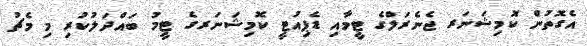
އެގޮތުން ކޮމިޝަނަރ ޖެނެރަލްގެ ޓީމާއި ޑެޕިއުޓީ ކޮމިޝަނަރގެ ޓީމު ބައްދަލުކުރި މި މެޗު